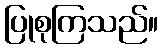
ပြုစုကြသည်။